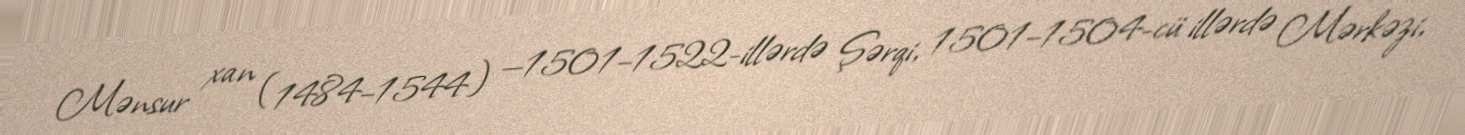
Mənsur xan (1484–1544) —1501–1522-illərdə Şərqi, 1501–1504-cü illərdə Mərkəzi,